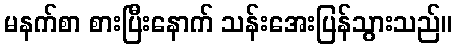
မနက်စာ စားပြီးနောက် သန်းအေးပြန်သွားသည်။